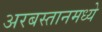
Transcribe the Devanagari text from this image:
अरबस्तानमध्ये